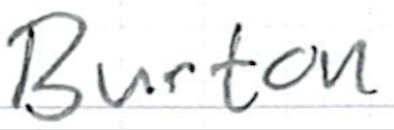
Text: Burton
Cross-out: clean
Writing tool: ballpoint